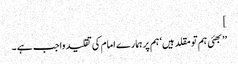
]
’’بھئی ہم تو مقلد ہیں‘ ہم پر ہمارے امام کی تقلید واجب ہے ۔